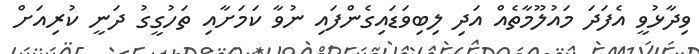
ވިދާޅުވީ އެފަދަ މައުލޫމާތެއް އަދި ލިބިވަޑައިގެންފައި ނުވާ ކަމަށާއި ތަހުގީގު ދަނީ ކުރިއަށް